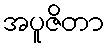
အပူဇိတာ